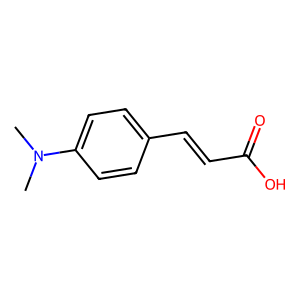
SMILES: CN(C)c1ccc(C=CC(=O)O)cc1
Inhibits HIV replication: No